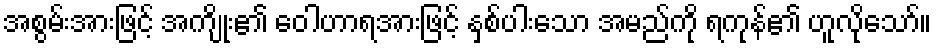
အစွမ်းအားဖြင့် အကျိုး၏ ဝေါဟာရအားဖြင့် နှစ်ပါးသော အမည်ကို ရကုန်၏ ဟူလိုသော်။